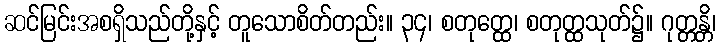
ဆင်မြင်းအစရှိသည်တို့နှင့် တူသောစိတ်တည်း။ ၃၄၊ စတုတ္ထေ၊ စတုတ္ထသုတ်၌။ ဂုတ္တန္တိ၊